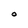
Character: O